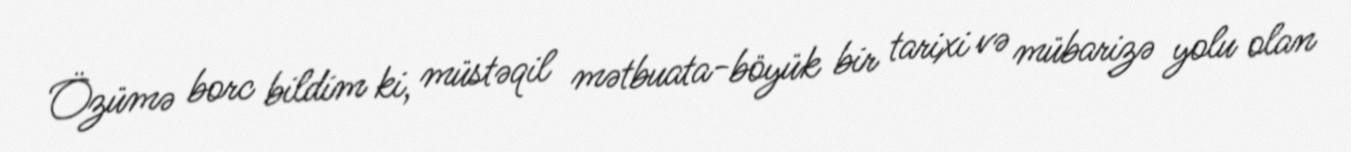
Özümə borc bildim ki, müstəqil mətbuata-böyük bir tarixi və mübarizə yolu olan